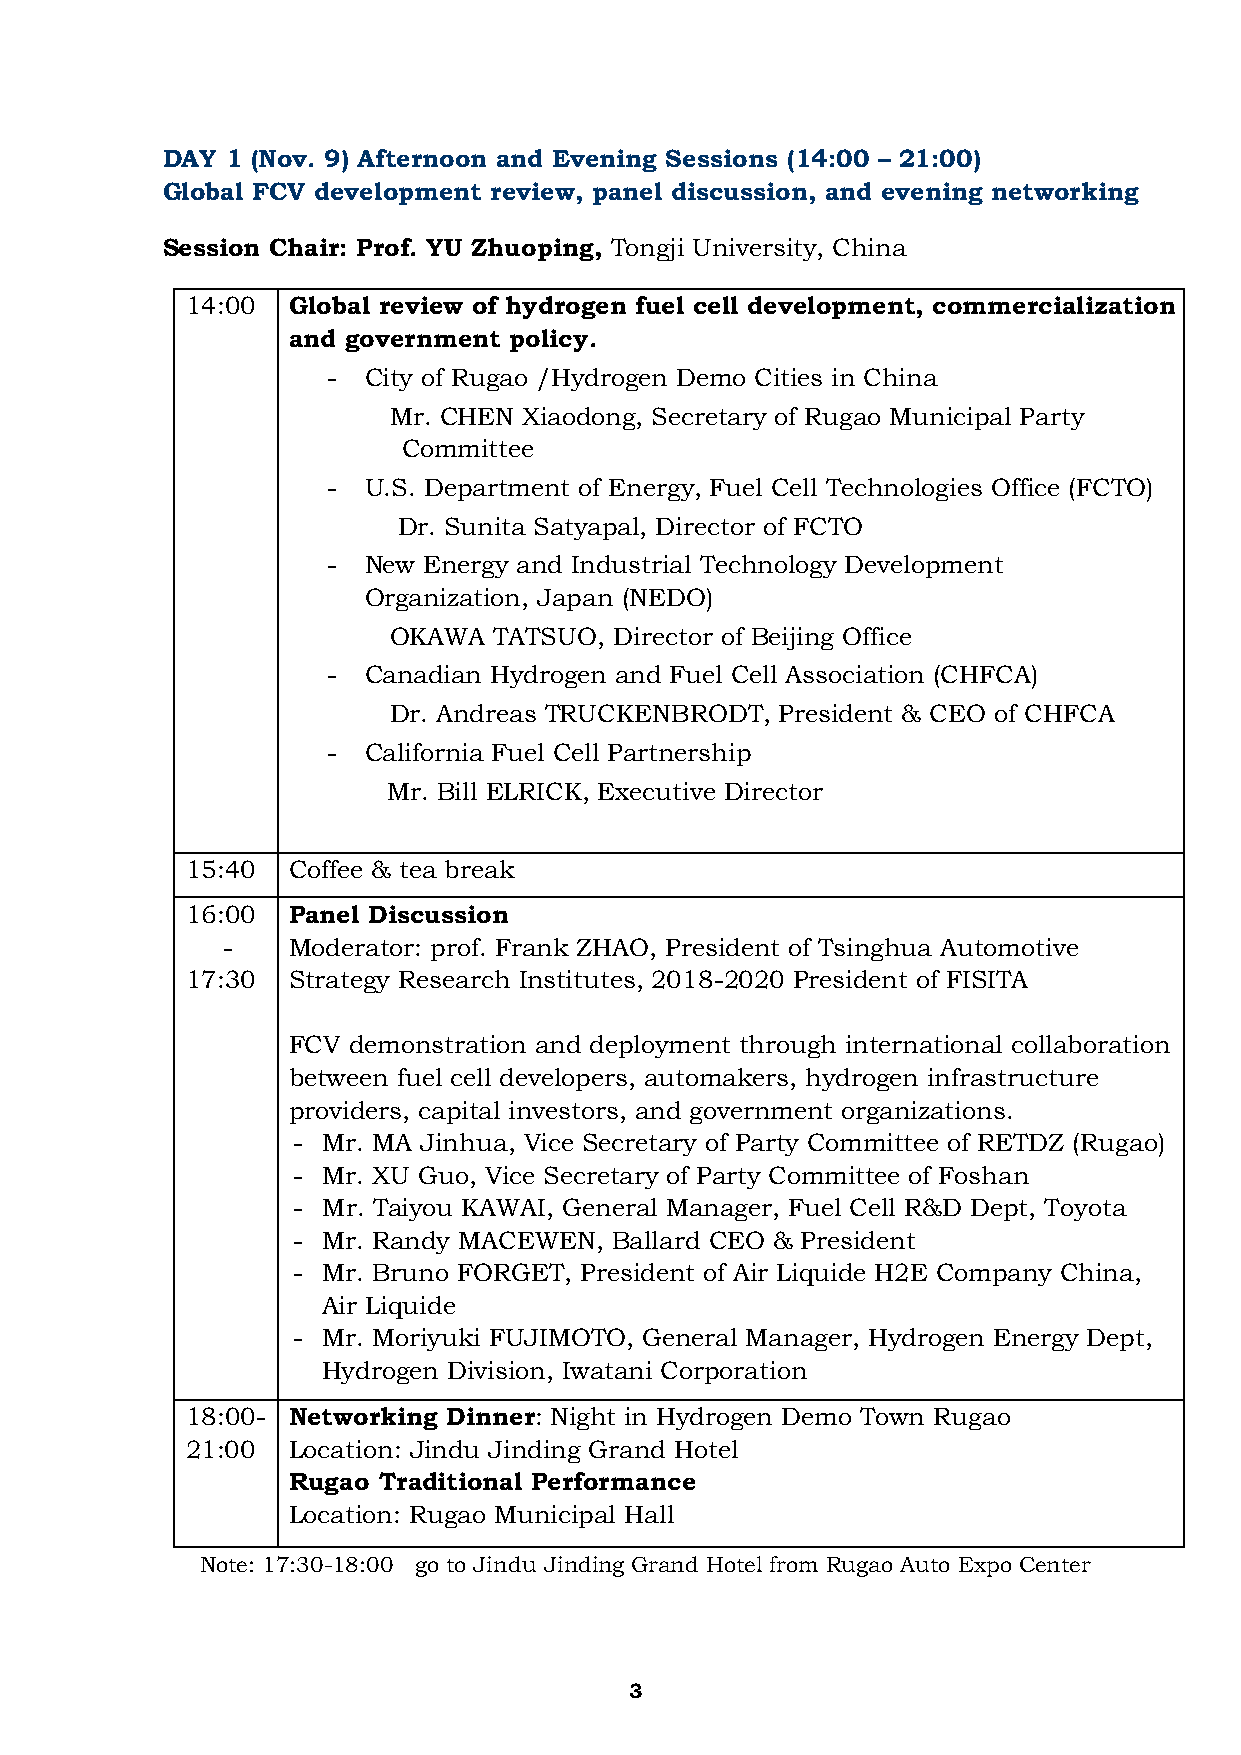
DAY 1 (Nov. 9) Afternoon and Evening Sessions (14:00 – 21:00)
 Global FCV development review, panel discussion, and evening networking
 Session Chair: Prof. YU Zhuoping, Tongji University, China
 14:00  Global review of hydrogen fuel cell development, commercialization
 and government policy.
 - City of Rugao /Hydrogen Demo Cities in China
 Mr. CHEN Xiaodong, Secretary of Rugao Municipal Party
 Committee
 - U.S. Department of Energy, Fuel Cell Technologies Office (FCTO)
 Dr. Sunita Satyapal, Director of FCTO
 - New Energy and Industrial Technology Development
 Organization, Japan (NEDO)
 OKAWA  TATSUO, Director of Beijing Office
 - Canadian Hydrogen and Fuel Cell Association (CHFCA)
 Dr. Andreas TRUCKENBRODT, President & CEO of CHFCA
 - California Fuel Cell Partnership
 Mr. Bill ELRICK, Executive Director
 15:40  Coffee & tea break
 16:00  Panel Discussion
 -   Moderator: prof. Frank ZHAO, President of Tsinghua Automotive
 17:30  Strategy Research Institutes, 2018-2020 President of FISITA
 FCV demonstration and deployment through international collaboration
 between fuel cell developers, automakers, hydrogen infrastructure
 providers, capital investors, and government organizations.
 - Mr. MA Jinhua, Vice Secretary of Party Committee of RETDZ (Rugao)
 - Mr. XU Guo, Vice Secretary of Party Committee of Foshan
 - Mr. Taiyou KAWAI, General Manager, Fuel Cell R&D Dept, Toyota
 - Mr. Randy MACEWEN, Ballard CEO & President
 - Mr. Bruno FORGET, President of Air Liquide H2E Company China,
 Air Liquide
 - Mr. Moriyuki FUJIMOTO, General Manager, Hydrogen Energy Dept,
 Hydrogen Division, Iwatani Corporation
 18:00- Networking Dinner: Night in Hydrogen Demo Town Rugao
 21:00  Location: Jindu Jinding Grand Hotel
 Rugao Traditional Performance
 Location: Rugao Municipal Hall
 Note: 17:30-18:00 go to Jindu Jinding Grand Hotel from Rugao Auto Expo Center
 3